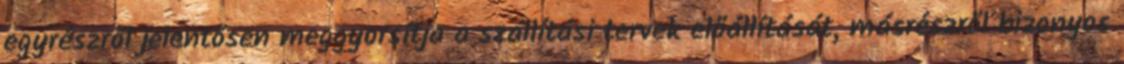
egyrészről jelentősen meggyorsítja a szállítási tervek előállítását, másrészről bizonyos